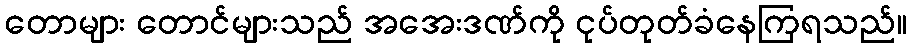
တောများ တောင်များသည် အအေးဒဏ်ကို ငုပ်တုတ်ခံနေကြရသည်။